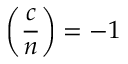
\left( { \frac { c } { n } } \right) = - 1